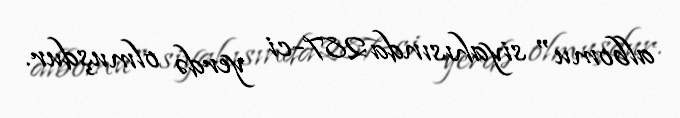
albomu" siyahısında 287-ci yerdə olmuşdur.